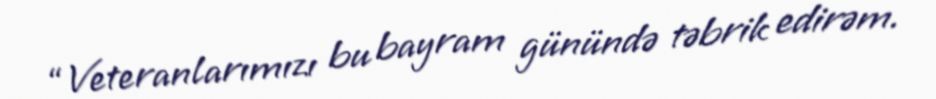
“Veteranlarımızı bu bayram günündə təbrik edirəm.